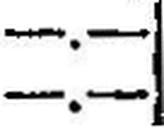
—.—